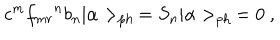
c ^ { m } { f _ { m r } } ^ { n } b _ { n } | \alpha > _ { \mathrm { p h . } } = S _ { n } | \alpha > _ { \mathrm { p h . } } = 0 ~ ,